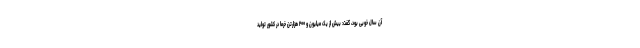
آن سال خوبی بود، گفت: بیش از یک میلیون و ۲۰۰ هزارتن خرما در کشور تولید